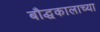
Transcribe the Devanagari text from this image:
बौद्धकालाच्या